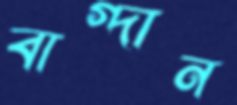
বাগ্দান